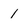
Character: 1